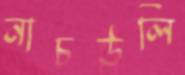
নাচউলি